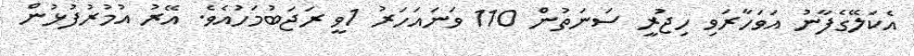
އެކަލޭގެފާނު އަވަހާރަވި ހިޖުރީ ސަނަތުން 110 ވަނައަހަރު 1ވީ ރަޖަބުމަހުއެވެ. އޭރު އުމުރުފުޅުން